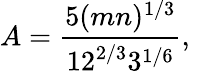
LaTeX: A={\frac{5(mn)^{1/3}}{12^{2/3}3^{1/6}}},\quad